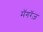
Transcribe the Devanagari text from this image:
मॅगरॅज़